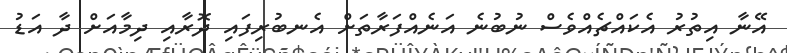
އޭނާ އިތުރު އެކައްޗެއްވެސް ނުބުނެ އަނެއްފަރާތަށް އެނބުރިފައި ދޮރާއި ދިމާއަށް ދާ އަޑު